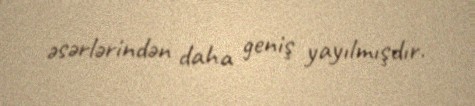
əsərlərindən daha geniş yayılmışdır.